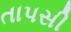
તાપસી